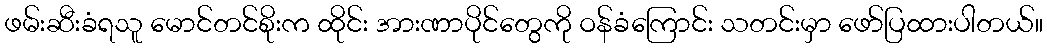
ဖမ်းဆီးခံရသူ မောင်တင်စိုးက ထိုင်း အားဏာပိုင်တွေကို ဝန်ခံကြောင်း သတင်းမှာ ဖော်ပြထားပါတယ်။